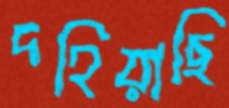
দহিয়াছি